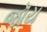
જૉય